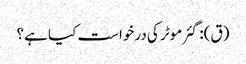
(ق): گئر موٹر کی درخواست کیا ہے؟